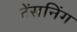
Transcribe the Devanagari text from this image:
टेंसनिंग